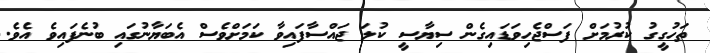
ތަހުގީގު ކުރުމަށް ފަސްޖެހިވަޑައިގެން ސިޔާސީ ކުލަ ޖައްސާފައިވާ ކަމަށްވެސް އެބަޔާނުގައި ބުނެފައިވެ އެވެ.